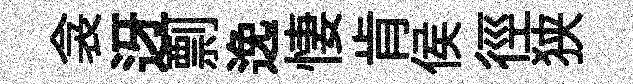
衾迓剽𨓜悽肯侯徑狭